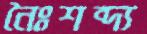
নৈঃশব্দ্য